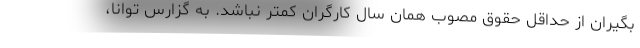
بگیران از حداقل حقوق مصوب همان سال کارگران کمتر نباشد. به گزارس توانا،